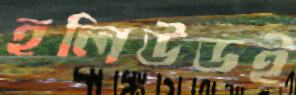
হলিউডই